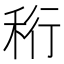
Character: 𥞧